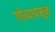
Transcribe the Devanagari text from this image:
गोव्यापसून